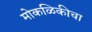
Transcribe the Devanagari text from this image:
मोकळिकीचा